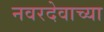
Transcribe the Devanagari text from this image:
नवरदेवाच्या